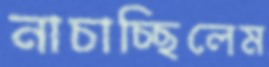
নাচাচ্ছিলেম